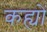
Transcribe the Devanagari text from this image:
कह्यों